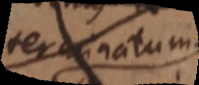
terminatum